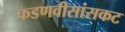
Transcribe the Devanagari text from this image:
फडणवीसांसकट